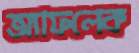
অ্যাফলেক